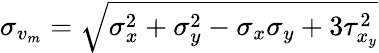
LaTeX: {\sigma_{v_{m}}}=\sqrt{\sigma_{x}^{2}+\sigma_{y}^{2}-\sigma_{x}\sigma_{y}+3\tau_{x_{y}}^{2}}